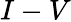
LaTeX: I-V